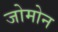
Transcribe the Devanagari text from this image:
जोमोन